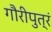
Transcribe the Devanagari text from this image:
गौरीपुत्रं